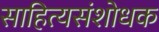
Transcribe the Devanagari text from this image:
साहित्यसंशोधक